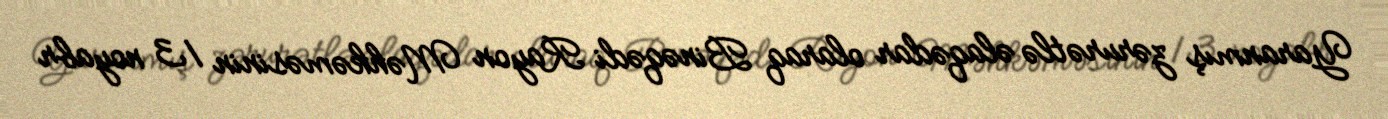
Yaranmış zərurətlə əlaqədar olaraq Binəqədi Rayon Məhkəməsinin 13 noyabr